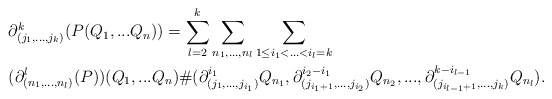
\begin{align*}&\partial^{k}_{(j_1,...,j_k)}(P(Q_1,...Q_n))=\sum_{l=2}^k\sum_{n_1,...,n_l}\sum_{1\leq i_1<...<i_l=k} \\ &(\partial_{(n_1,...,n_l)}^{l}(P))(Q_1,...Q_n)\#(\partial_{(j_1,...,j_{i_1})}^{i_1}Q_{n_1},\partial_{(j_{i_1+1},...,j_{i_2})}^{i_2-i_1} Q_{n_2},...,\partial_{(j_{i_{l-1}+1},...,j_{k})}^{k-i_{l-1}} Q_{n_l}).\end{align*}